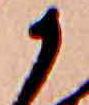
か